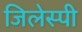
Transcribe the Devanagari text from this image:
जिलेस्पी